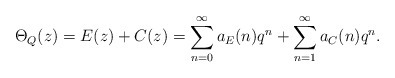
\begin{align*}\Theta_{Q}(z) = E(z) + C(z) = \sum_{n=0}^{\infty} a_{E}(n) q^{n} +\sum_{n=1}^{\infty} a_{C}(n) q^{n}.\end{align*}